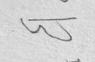
Signature authenticity: forged